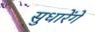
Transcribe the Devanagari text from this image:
सुधारेंगे